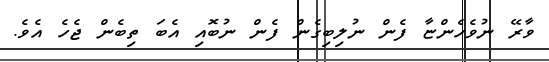
ވާރޭ ނުވެހެންޏާ ފެން ނުލިބިގެން ފެން ނުބޮއި އެބަ ތިބެން ޖެހެ އެވެ.